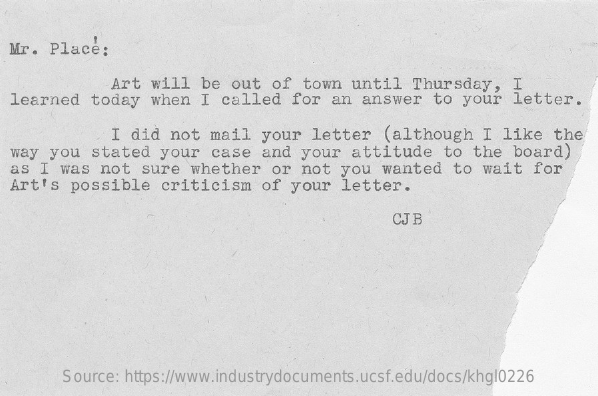
Mr. Place:
     Art  will  be  out  of  town  until   Thursday,   I
  learned   today  when  I  called   for  an answer   to  your   letter.
     I did  not  mail   your  letter   (although    I like   the
  way you   stated  your  case   and  your  attitude    to the  board)
  as I  was  not  sure  whether   or  not  you  wanted   to  wait  for
  Art's  possible   criticism    of  your  letter.
     CJB
     Source: https://www.industrydocuments.ucsf.edu/docs/khgl0226